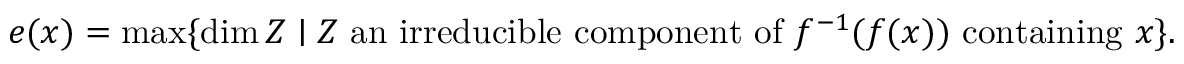
e ( x ) = \operatorname* { m a x } \{ \dim Z \mid Z { \mathrm { ~ a n ~ i r r e d u c i b l e ~ c o m p o n e n t ~ o f ~ } } f ^ { - 1 } ( f ( x ) ) { \mathrm { ~ c o n t a i n i n g ~ } } x \} .